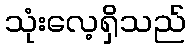
သုံးလေ့ရှိသည်